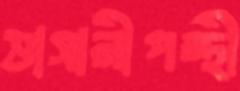
ভাসানীপন্থী